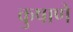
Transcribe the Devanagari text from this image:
कुषाणे